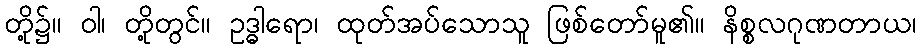
တို့၌။ ဝါ၊ တို့တွင်။ ဥဒ္ဓါရော၊ ထုတ်အပ်သောသူ ဖြစ်တော်မူ၏။ နိစ္စလဂုဏတာယ၊